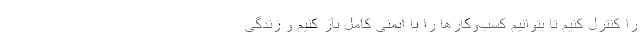
را کنترل کنیم تا بتوانیم کسب‌وکارها را با ایمنی کامل باز کنیم و زندگی